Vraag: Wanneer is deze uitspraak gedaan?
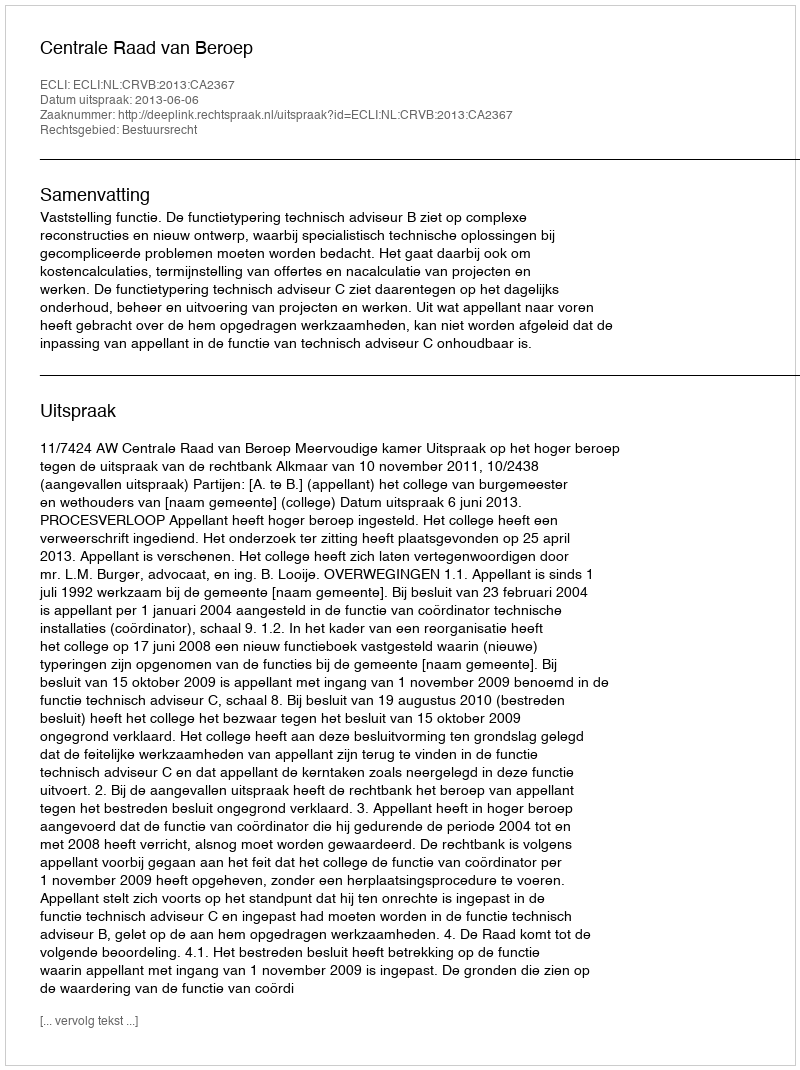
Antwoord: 2013-06-06